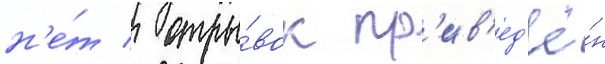
н'е́т / отры́вок пр'ив'ед'ё́н